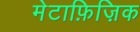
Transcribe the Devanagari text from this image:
मेटाफ़िज़िक